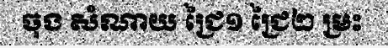
ចុង សំណាយ ជ្រៃ១ ជ្រៃ២ ម្រះ